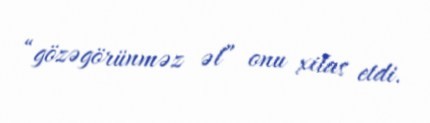
“gözəgörünməz əl” onu xilas etdi.